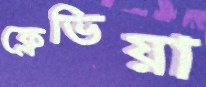
ফ্লেভিয়া